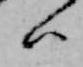
ハ